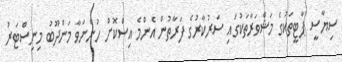
ސިޔާސީ ޕާޓީތަކުގެ މަޝްވަރާތަކުގައި ސަރުކާރުގެ ފަރާތުން އެންމެ އިސްކޮށް ހުންނަވާ މަންދޫބު މިނިސްޓަރު